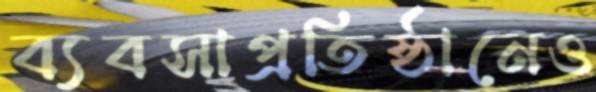
ব্যবসাপ্রতিষ্ঠানেও